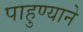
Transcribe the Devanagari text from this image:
पाहुण्याने